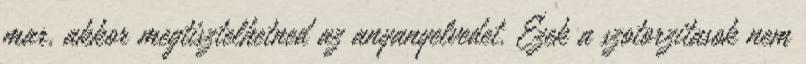
mar, akkor megtisztelhetned az anyanyelvedet. Ezek a szotorzitasok nem